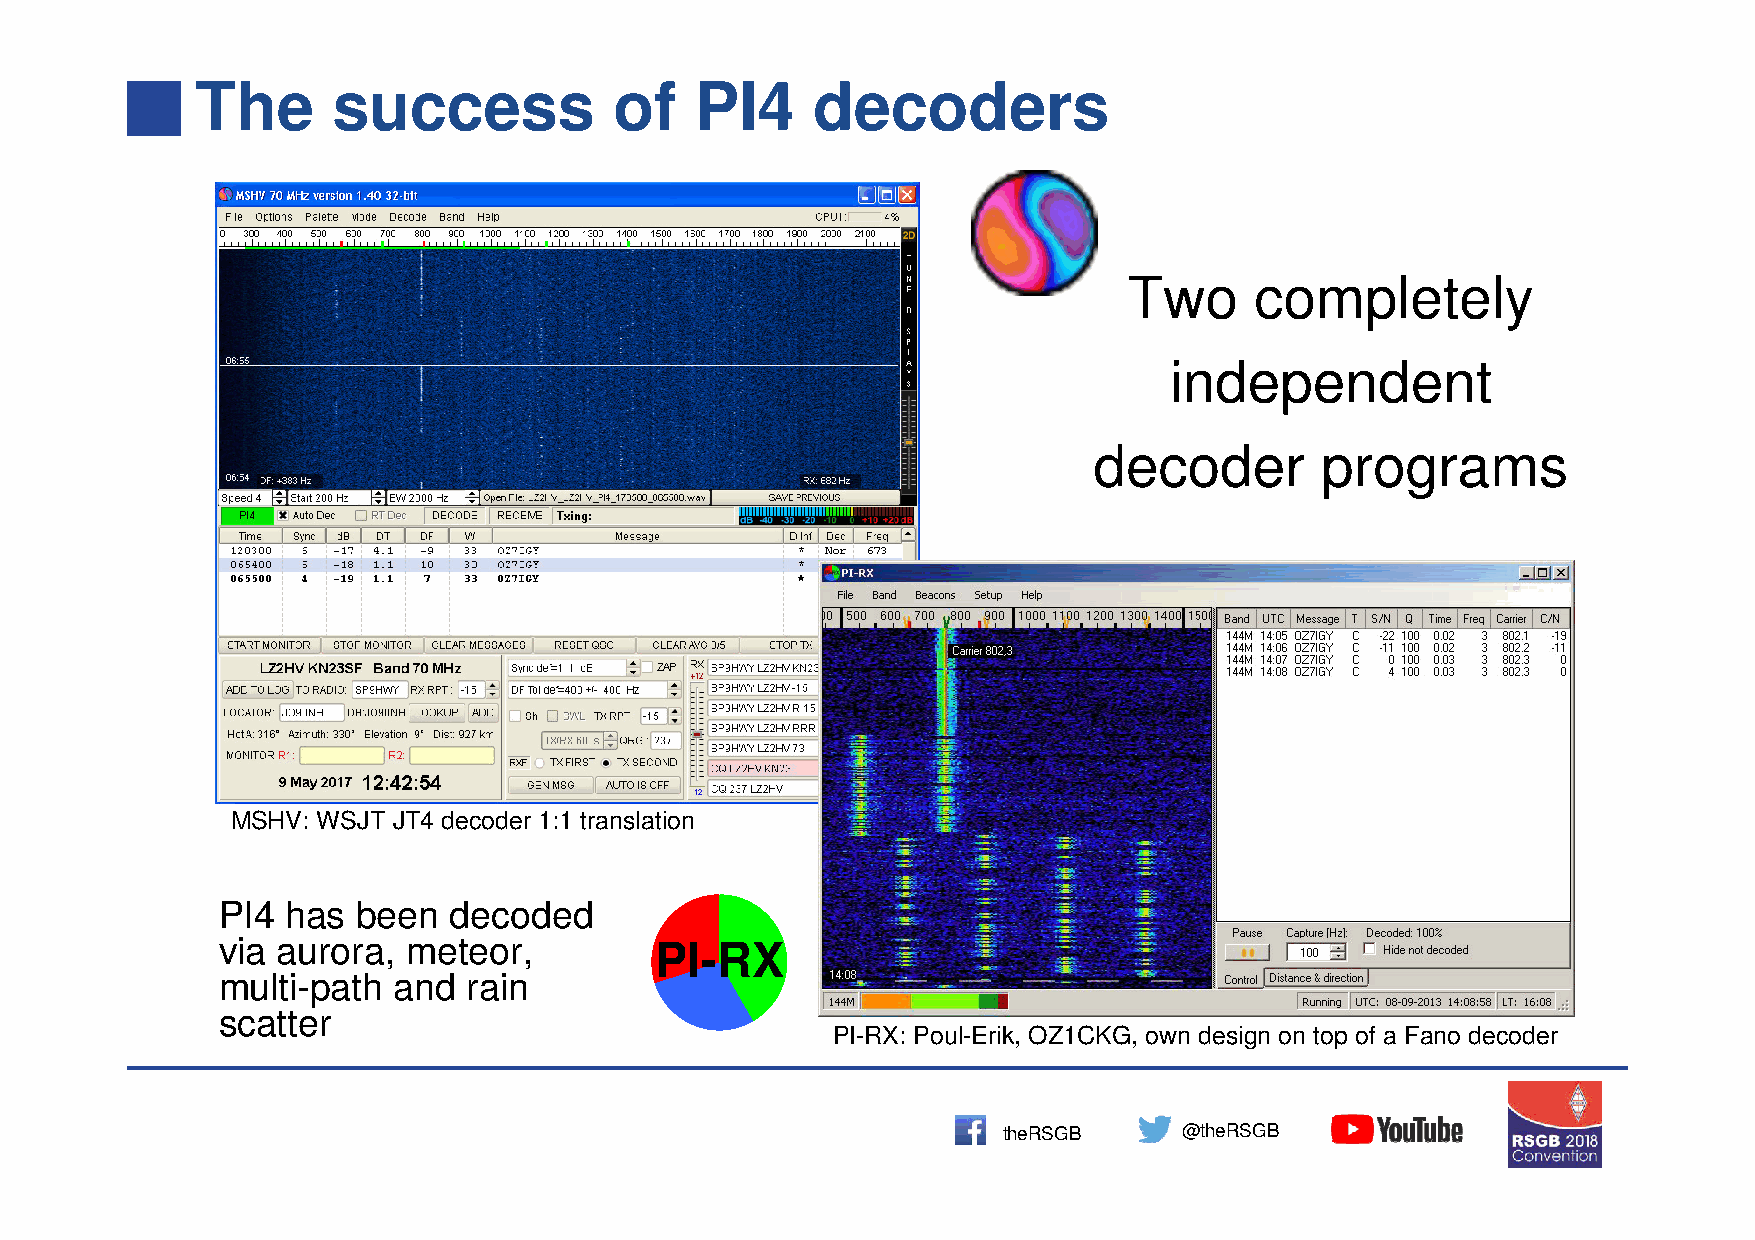
The      success            of   PI4     decoders
 Two     completely
 independent
 decoder        programs
 MSHV: WSJT JT4 decoder 1:1 translation
 PI4  has  been  decoded
 via aurora,  meteor,         PI-RX
 multi-path  and  rain
 scatter
 PI-RX: Poul-Erik, OZ1CKG, own design on top of a Fano decoder
 theRSGB     @theRSGB